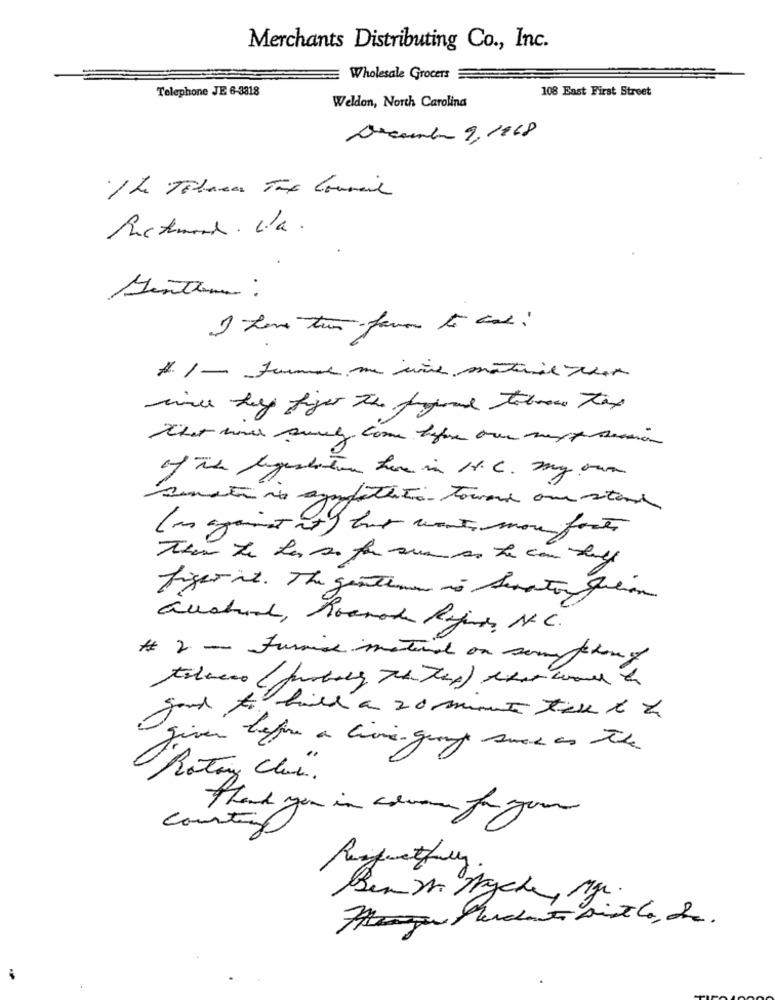
Merchants Distributing Co ., Inc.
Wholesale Grocers
Telephone JE 6-3818
108 East First Street
Weldon, North Carolina
December 9, 1868
Senteur :
# 1 - formas me ivine material that
wine hey finger the Aryroad totross tax
of The bigestatom home in H.C. my own
Somatino.
modalità toward ou stand
(as against it has want more facts
Then the her so for sure on the can hey
figer it. The garthmen in Senator Julian
austral, Roanoke Rijns, N.C.
# 2 - Furnice material on sou chong
given before a live-group smak as the
"Rotary Club".
Thank you in advance for your
Counting
Benz Agche, Mgr.